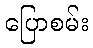
ပြောစမ်း